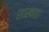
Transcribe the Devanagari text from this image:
साखाता